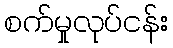
စက်မှုလုပ်ငန်း